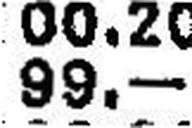
99.—